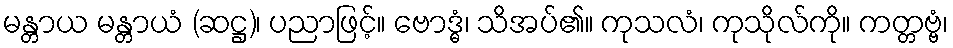
မန္တာယ မန္တာယံ (ဆဋ္ဌ)၊ ပညာဖြင့်။ ဗောဒ္ဓံ၊ သိအပ်၏။ ကုသလံ၊ ကုသိုလ်ကို။ ကတ္တဗ္ဗံ၊